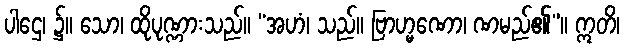
ပါဌေ၊ ၌။ သော၊ ထိုပုဏ္ဏားသည်။ “အဟံ၊ သည်။ ဗြာဟ္မဏော၊ ဏမည်၏”။ ဣတိ၊